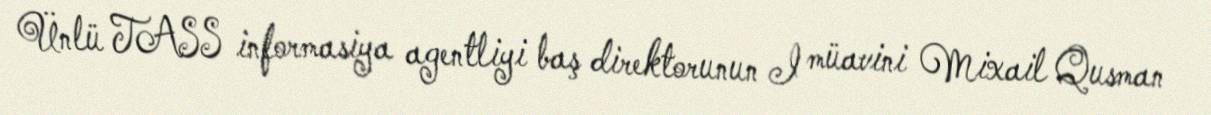
Ünlü TASS informasiya agentliyi baş direktorunun I müavini Mixail Qusman